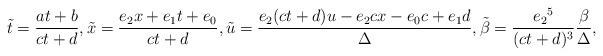
LaTeX: \begin{gather*}\tilde t=\dfrac{at+b}{ct+d},\tilde x=\dfrac{e_2x+e_1t+e_0}{ct+d},\tilde u=\dfrac{e_2(ct+d)u-e_2cx-e_0c+e_1d}\Delta,\tilde \beta=\dfrac{e_2{}^5}{(ct+d)^3}\dfrac {\beta}\Delta,\end{gather*}